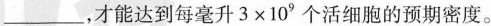
___，才能达到每毫升3 \times 10°个活细胞的预期密度。